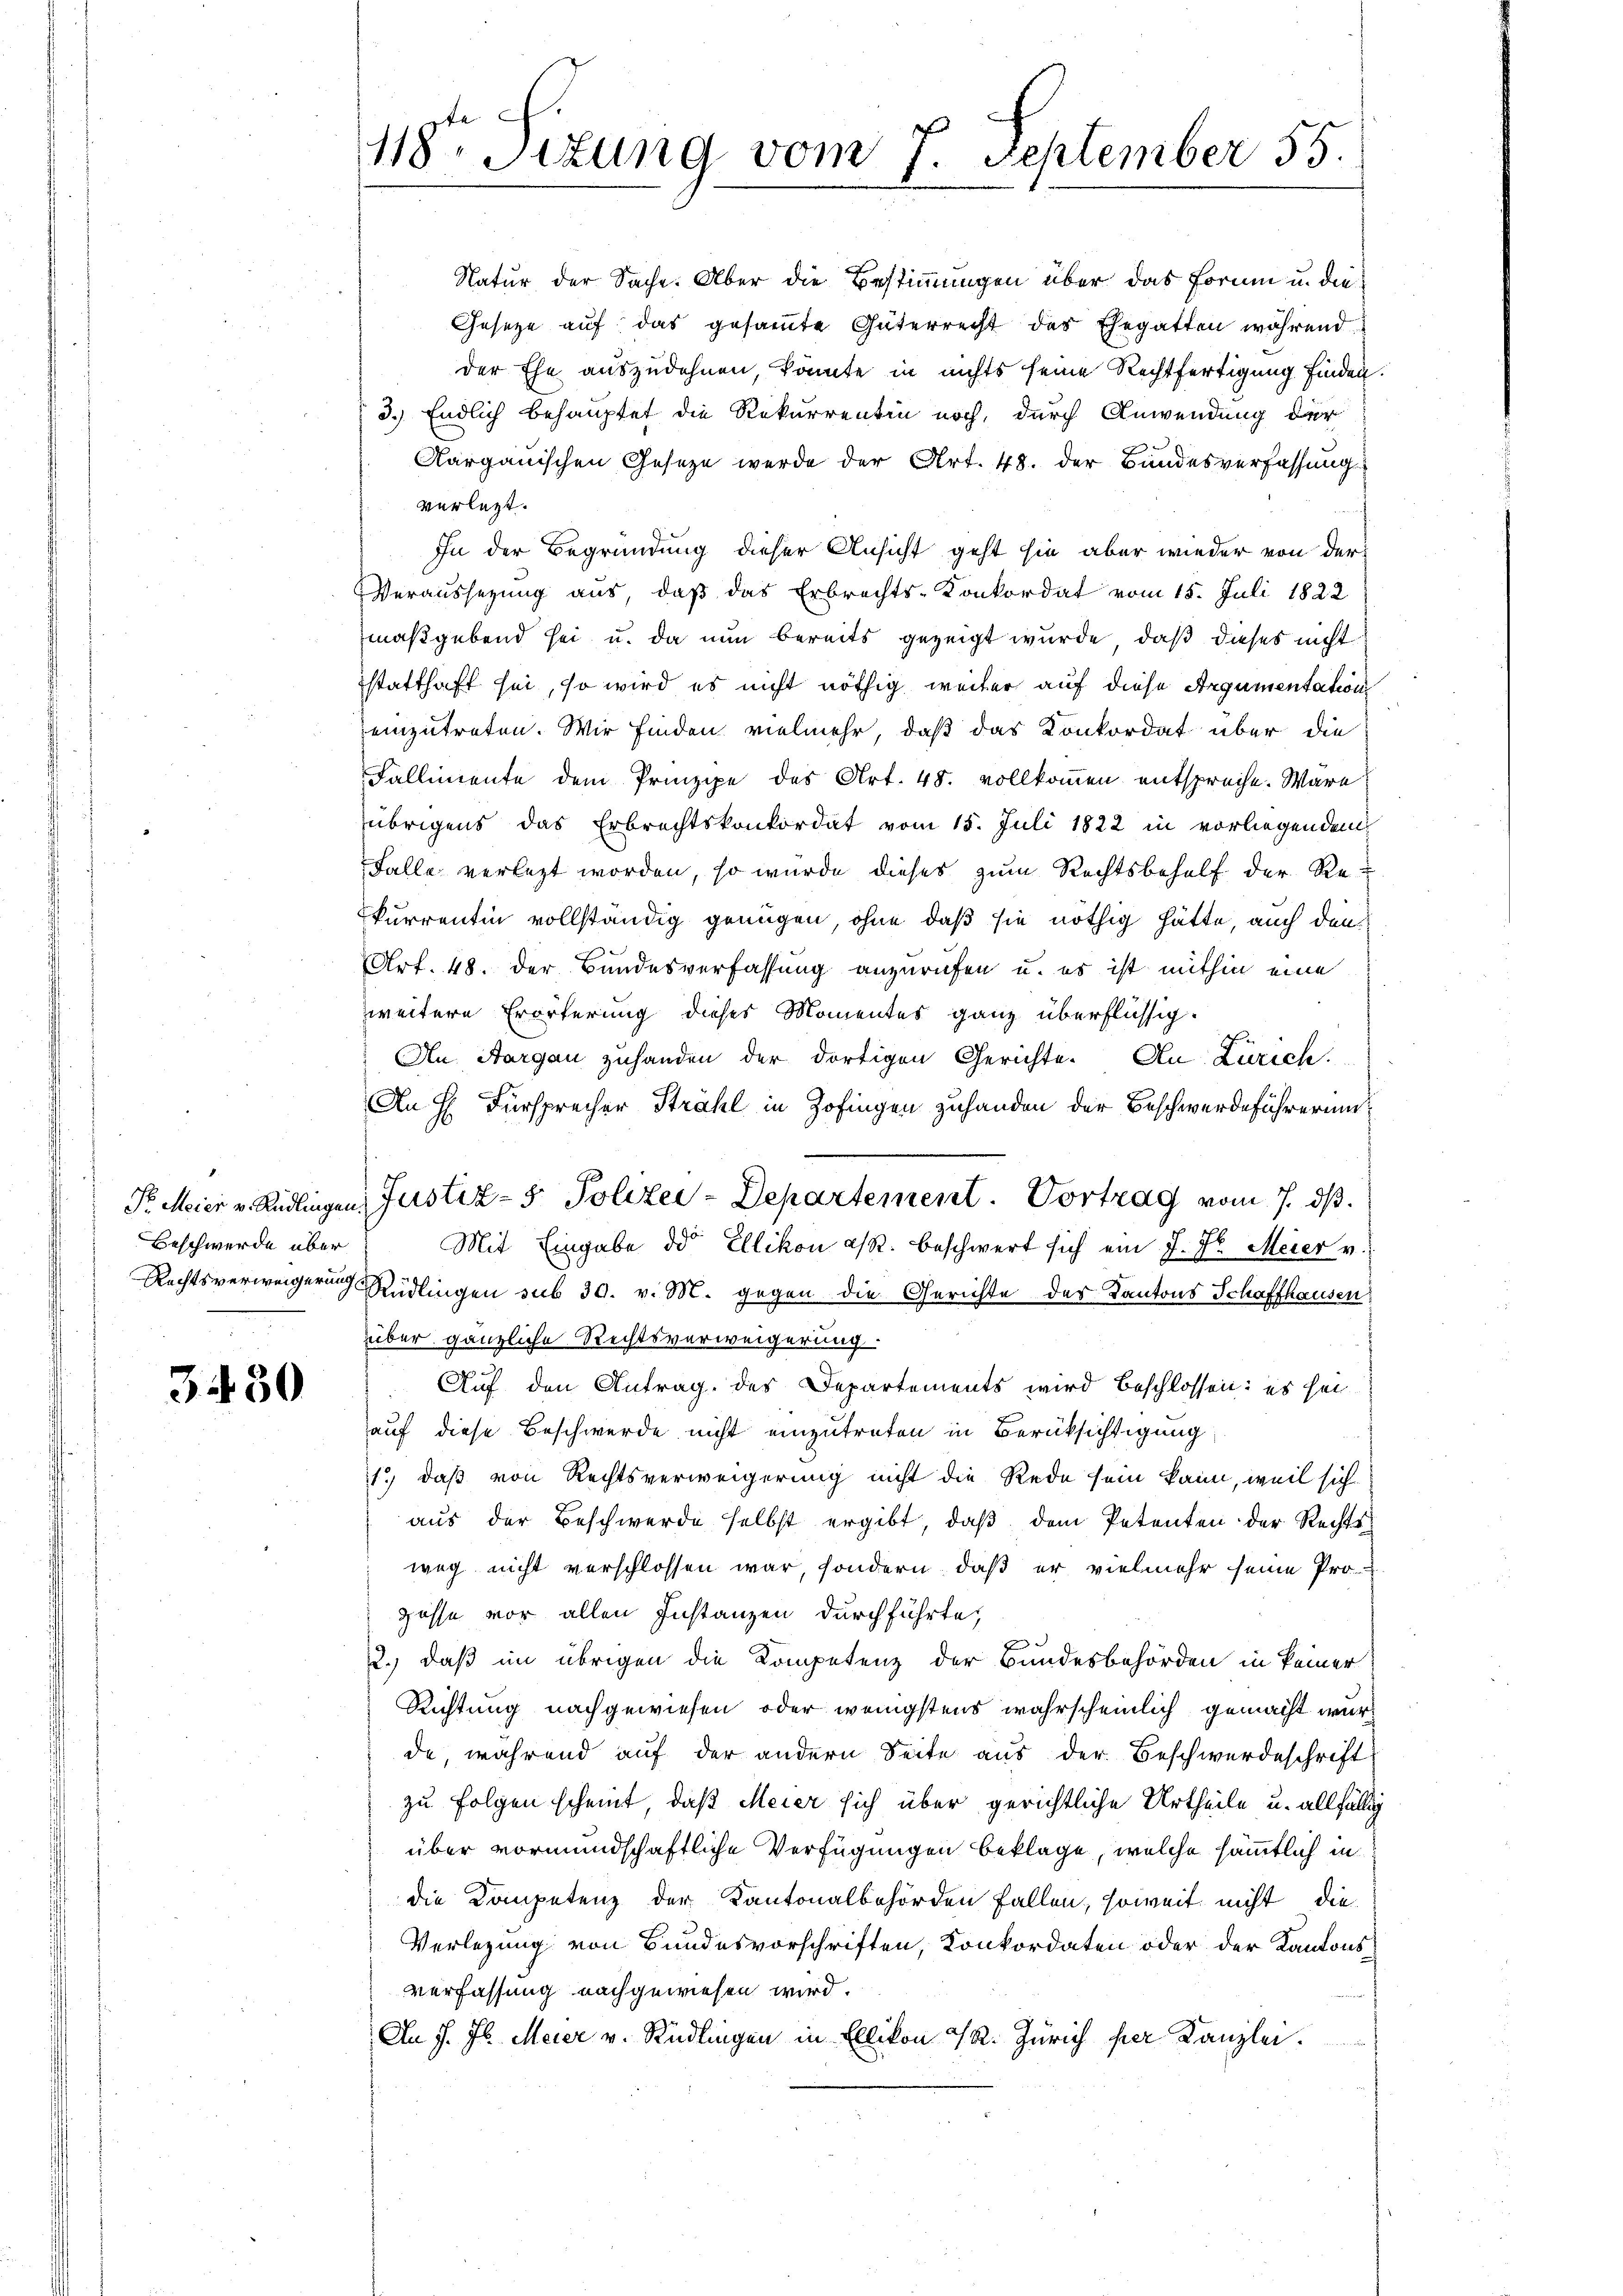
Pr. Meier v. Rüdlingen.
Beschwerde über
Rechtsverweigerung

3430

118ten Sizung vom 7. September 55.

Natur der Sache. Aber die Bestimmungen über das Forme u. die
Gesetze auf das gesammte Güterrecht des Ehegatten während
der Ehe auszudehnen, könnte in nichts seine Rechtfertigung finden.
3.) Endlich behauptet die Rekurrentin noch, durch Anwendung der
1
Aargauischen Geseze werde der Art. 48. der Bundesverfassung
verletzt.
In der Begründung dieser Ansicht geht sie aber wieder von der
Veraussezung aus, daß das Erbrechts-Konkordat vom 15. Juli 1822
maßgebend sei u. da nun bereits gezeigt wurde, daß dieses nicht
statthaft sei, so wird es nicht nöthig weiter auf diese Argumentations
einzutreten. Wir finden vielmehr, daß das Konkordat über die
Fallimente dem Prinzipe des Art. 48. vollkommen entspreche. Ware
übrigens das Erbrechtskonkordat vom 15. Juli 1822 in vorliegenden
Falle verletzt worden, so wurde dieses zum Rechtsbehalf der Rekurrentin vollständig genügen, ohne daß sie nöthig hätte, auch den
Art. 48. der Bundesverfassung anzurufen u. es ist mithin eine
weitere Erörterung dieses Momentes ganz überflüssig.
An Aargau zuhanden der dortigen Gerichte. An Zürich.
An H. Fürsprecher Strahl in Zofingen zuhanden der Beschwerdeführerung
Mit Eingabe der Ellikon es. beschwert sich ein J. H. Meier v.
Rüdlingen sub 30. v. M. gegen die Gerichte der Kantons Schaffhausen
über gänzliche Rechtsverweigerung.
Auf den Antrag des Departements wird beschlossen: es sei
auf diese Beschwerde nicht einzutreten in Berüksichtigung
1.) daß von Rechtsverweigerung nicht die Rede sein kann, weil sich
aus der Beschwerde selbst ergibt, daß dem Petenten der Rechtsweg nicht verschlossen war, sondern, daß er vielmehr seine Pro-
gasse vor allen Instanzen durchführte,
2., daß im übrigen die Kompetenz der Bundesbehörden in keiner
Richtung nachgewiesen oder wenigstens wahrscheinlich gemacht wurde während auf der andern Seite aus der Beschwerdeschrift
zu Folgen scheint, daß Meier sich über gerichtliche Urtheile u. allfällig
über vormundschaftliche Verfügungen beklage, welche sämmtlich in
die Kompetenz der Kantonalbehörden Fallen, soweit nicht die
Verlegung von Bundesvorschriften, Konkordaten oder der Kantons
verfassung nachgewiesen wird.
An J. J. Meier v. Rüdlingen in Ellikon & R. Zürich per Kanzlei.
.

Justiz- & Polizei-Departement. Vortrag vom 7. ds.